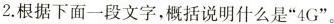
2.根据下面一段文字，概括说明什么是”4G”。